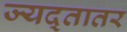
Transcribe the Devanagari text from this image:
ज्यद्तातर